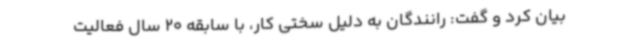
بیان کرد و گفت: رانندگان به دلیل سختی کار، با سابقه 20 سال فعالیت